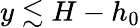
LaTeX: y\lesssim H-h_{0}